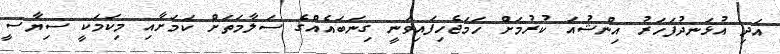
އަދި އުޅަނދުފަހަރު އިންޝުއަ ކުރުމަށް ހަމަޖެހިފައިވަނީ ގިނަބައެއްގެ ސަލާމަތަށް ކަމަށާއި މިކަމަކީ ސިޔާސީ